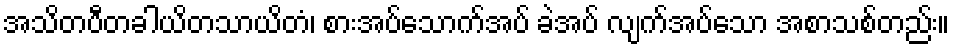
အသိတပီတခါယိတသာယိတံ၊ စားအပ်သောက်အပ် ခဲအပ် လျက်အပ်သော အစာသစ်တည်း။